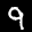
Label: 9